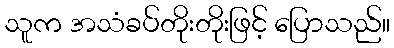
သူက အသံခပ်တိုးတိုးဖြင့် ပြောသည်။